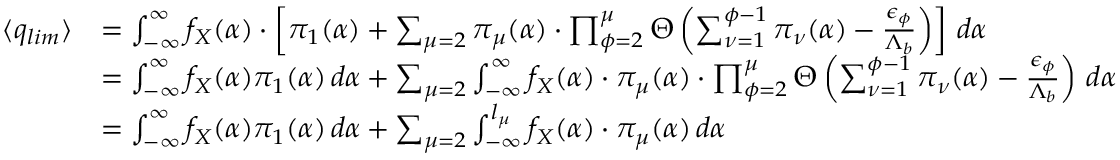
\begin{array} { r l } { \langle q _ { l i m } \rangle } & { = \int _ { - \infty } ^ { \infty } f _ { X } ( \alpha ) \cdot \left[ { \pi } _ { 1 } ( \alpha ) + \sum _ { \mu = 2 } { \pi } _ { \mu } ( \alpha ) \cdot \prod _ { \phi = 2 } ^ { \mu } \Theta \left( \sum _ { \nu = 1 } ^ { \phi - 1 } { \pi } _ { \nu } ( \alpha ) - \frac { { \epsilon } _ { \phi } } { { \Lambda } _ { b } } \right) \right] \, d \alpha } \\ & { = \int _ { - \infty } ^ { \infty } f _ { X } ( \alpha ) { \pi } _ { 1 } ( \alpha ) \, d \alpha + \sum _ { \mu = 2 } \int _ { - \infty } ^ { \infty } f _ { X } ( \alpha ) \cdot { \pi } _ { \mu } ( \alpha ) \cdot \prod _ { \phi = 2 } ^ { \mu } \Theta \left( \sum _ { \nu = 1 } ^ { \phi - 1 } { \pi } _ { \nu } ( \alpha ) - \frac { { \epsilon } _ { \phi } } { { \Lambda } _ { b } } \right) \, d \alpha } \\ & { = \int _ { - \infty } ^ { \infty } f _ { X } ( \alpha ) { \pi } _ { 1 } ( \alpha ) \, d \alpha + \sum _ { \mu = 2 } \int _ { - \infty } ^ { l _ { \mu } } f _ { X } ( \alpha ) \cdot { \pi } _ { \mu } ( \alpha ) \, d \alpha } \end{array}